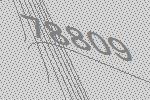
78809